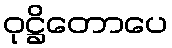
ဝုဋ္ဌိတောပေ